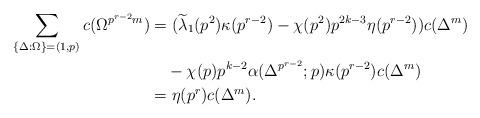
LaTeX: \begin{align*}\sum_{\{\Delta:\Omega\}=(1,p)}c(\Omega^{p^{r-2}m})&=(\widetilde\lambda_1(p^2)\kappa(p^{r-2})-\chi(p^2)p^{2k-3}\eta(p^{r-2}))c(\Delta^m)\\&\quad-\chi(p)p^{k-2}\alpha(\Delta^{p^{r-2}};p)\kappa(p^{r-2})c(\Delta^m)\\&=\eta(p^r)c(\Delta^m).\end{align*}